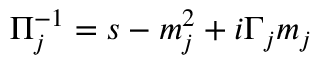
\Pi _ { j } ^ { - 1 } = s - m _ { j } ^ { 2 } + i \Gamma _ { j } m _ { j }